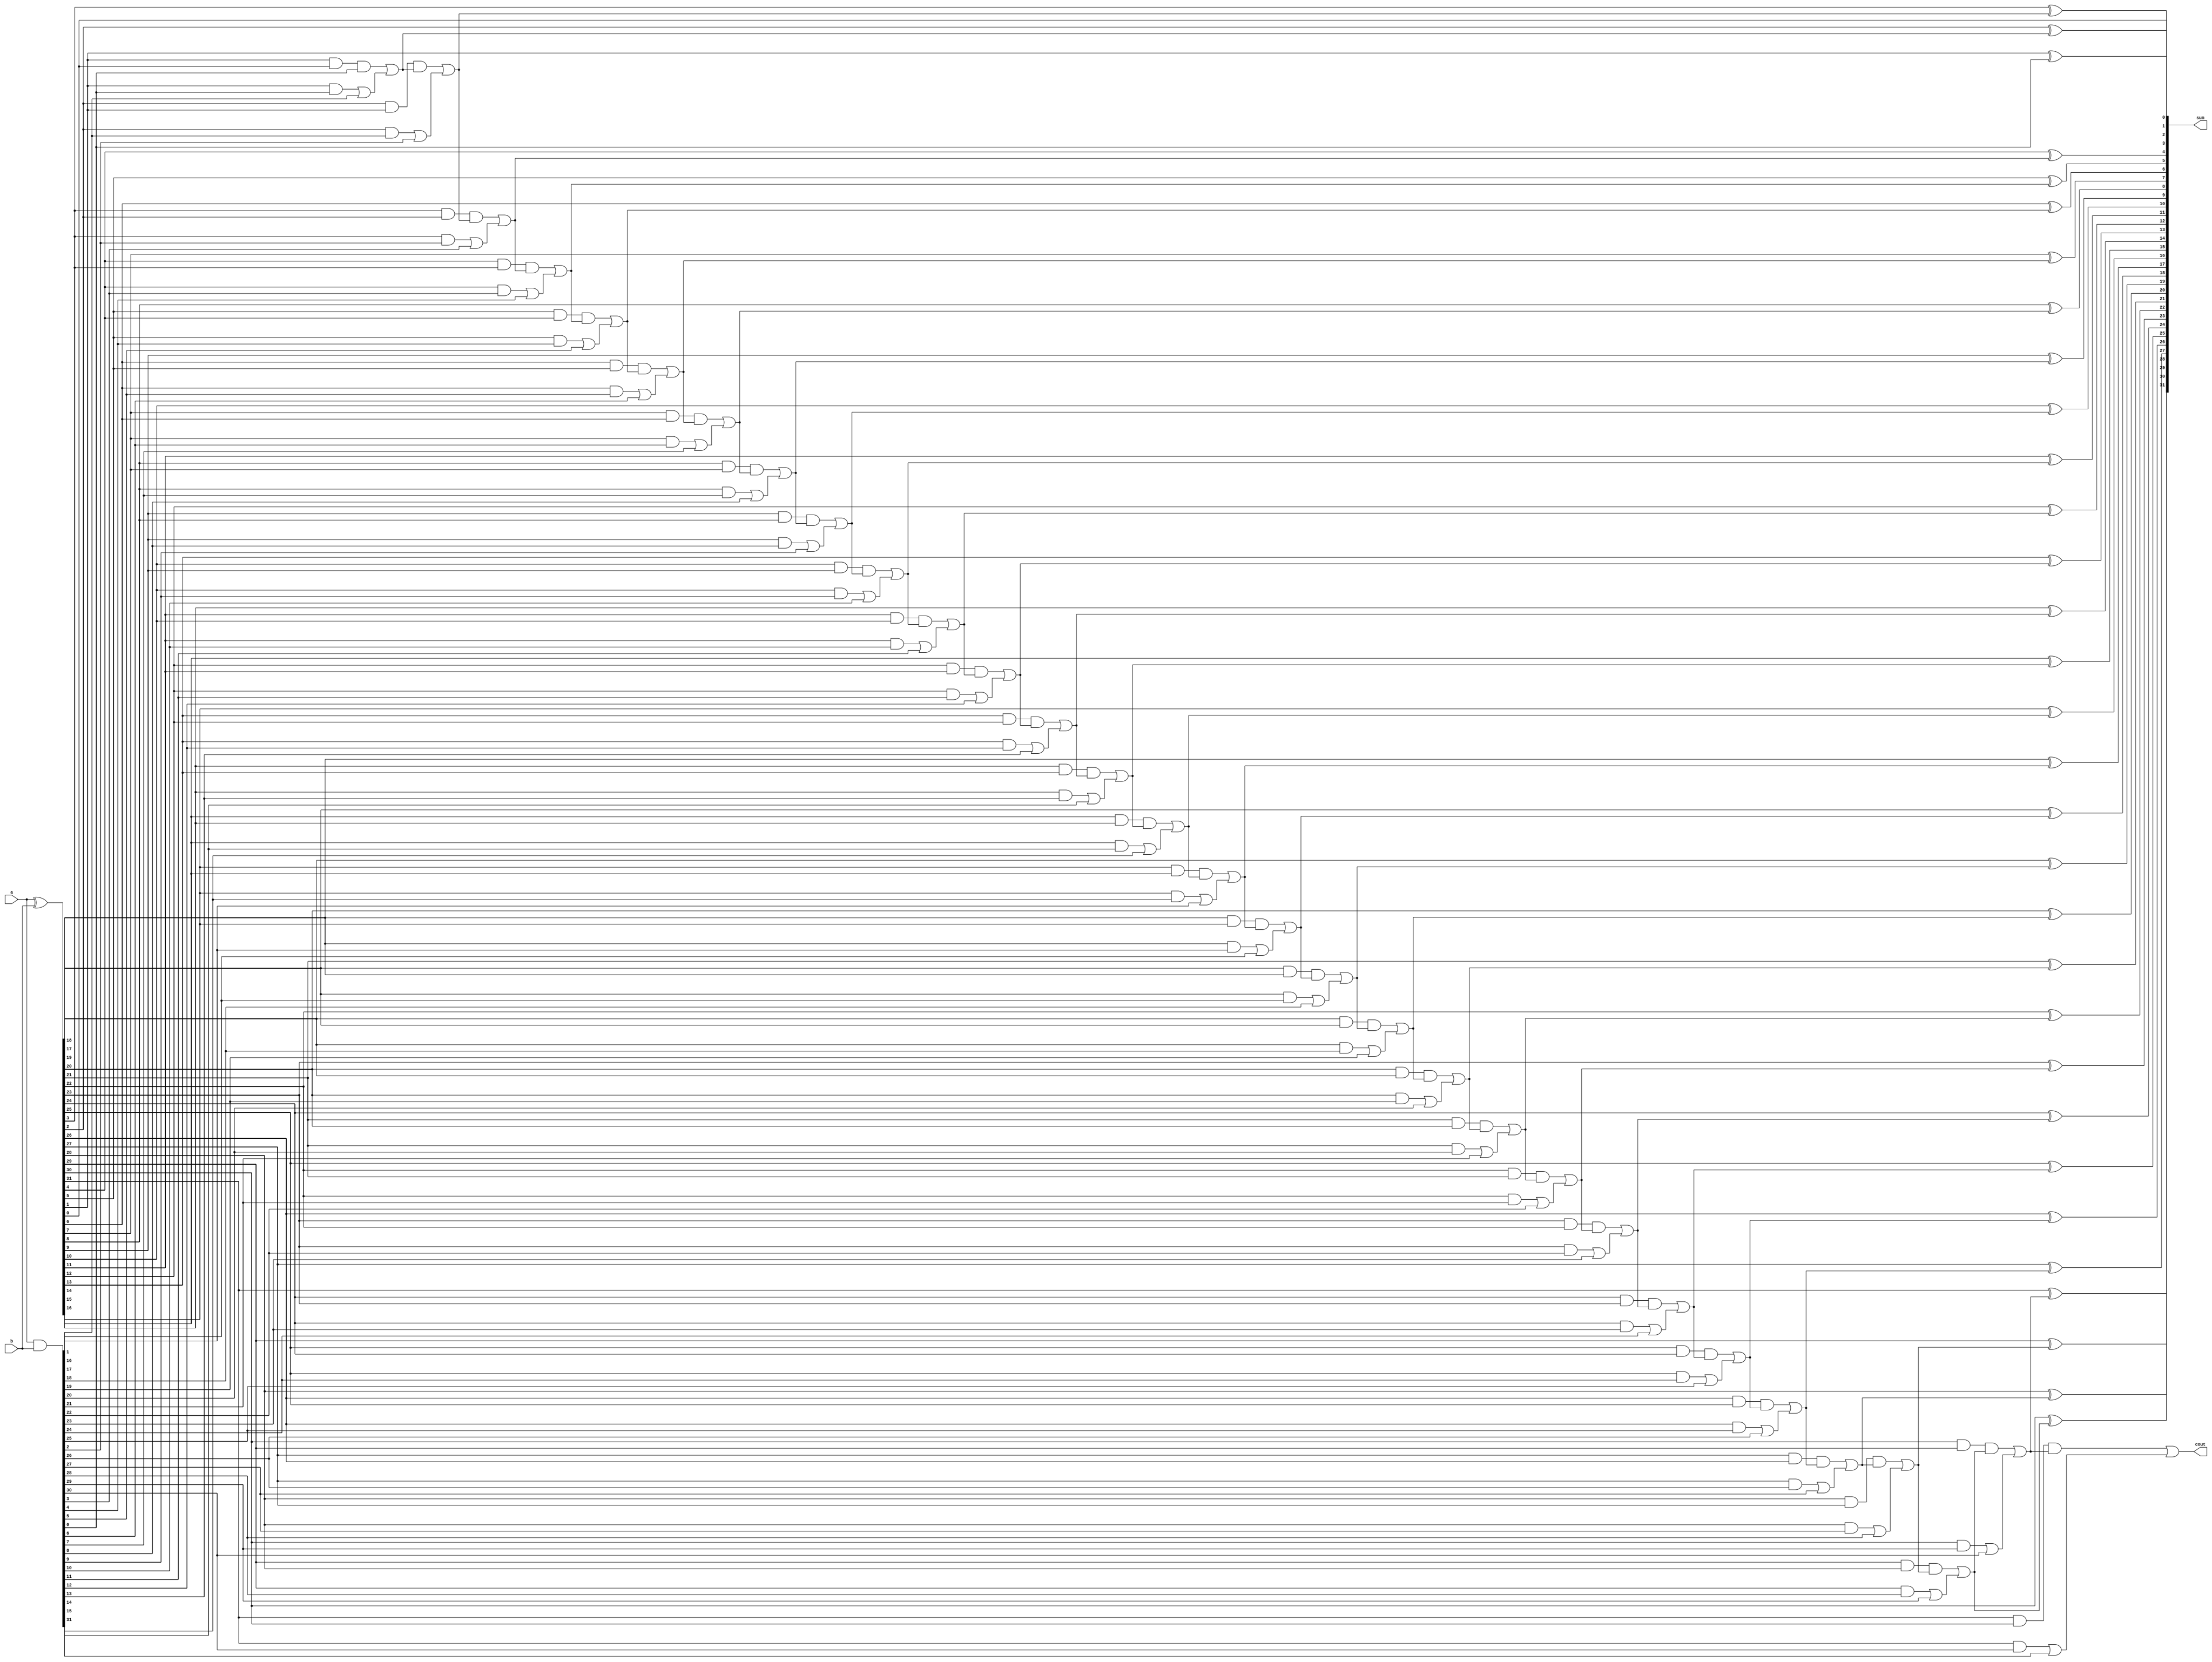
module ksa 
  #(parameter WIDTH=32) 
   (input  [WIDTH-1:0] a,b,
    output [WIDTH-1:0] sum,
    output 	       cout);

   wire [WIDTH-1:0]    b_w;
   wire [WIDTH-1:0]    p,g;
   wire [WIDTH-1:0]    cp1,cg1, c_gen,s_gen;
   
   assign b_w = b;
   assign p = a ^ b_w;
   assign g = a & b_w;
   
   assign cp1[0] = p[0];
   assign cg1[0] = g[0];
   
   assign c_gen[0] = g[0];
   assign s_gen[0] = p[0];
   
   genvar 	       cp_idx; 
   generate 
      for( cp_idx=1; cp_idx<WIDTH; cp_idx=cp_idx+1 ) begin  
	 assign cp1[cp_idx] = (p[cp_idx] & p[cp_idx-1]); 
	 assign cg1[cp_idx] = ((p[cp_idx] & g[cp_idx-1]) | g[cp_idx]);
	 assign c_gen[cp_idx] = (cp1[cp_idx] & c_gen[cp_idx-1]) | cg1[cp_idx]; 
	 assign s_gen[cp_idx] = p[cp_idx] ^ c_gen[cp_idx-1]; 
      end 
   endgenerate
   
   assign cout = c_gen[WIDTH-1];
   assign sum  = s_gen;
endmodule